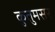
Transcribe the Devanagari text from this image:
कुतुमसर